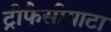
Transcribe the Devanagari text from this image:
ट्रीफैसीयाटा